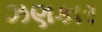
ઝણકાર